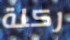
ركلة